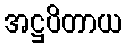
အဋ္ဌပိတာယ